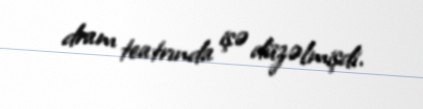
dram teatrında işə düzəlmişdi.